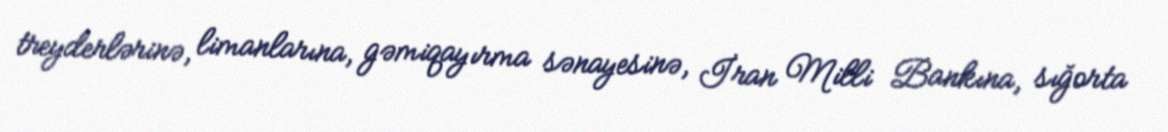
treyderlərinə, limanlarına, gəmiqayırma sənayesinə, İran Milli Bankına, sığorta